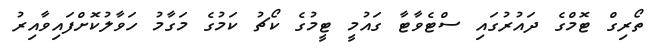
ތޯރިގް ޓޮމްގެ ދައުރުގައި ސްޓެވާޓާ ގައުމީ ޓީމުގެ ކޯޗު ކަމުގެ މަގާމު ހަވާލުކޮށްފައިވާއިރު